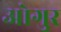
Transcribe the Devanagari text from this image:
ओगुर